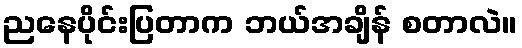
ညနေပိုင်းပြတာက ဘယ်အချိန် စတာလဲ။